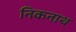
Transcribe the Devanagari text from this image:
निकनाथ